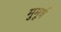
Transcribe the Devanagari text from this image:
मुमूर्ष